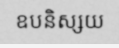
ឧបនិស្សយ